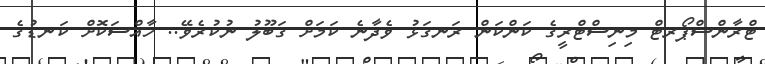
ޓްރާންސްޕޯރޓް މިނިސްޓްރީގެ ކަންކަން ރަނގަޅު ވެދާނެ ކަމަށް ގަބޫލު ނުކުރެވޭ.. ހާއްސަކޮށް ކަނޑުގެ